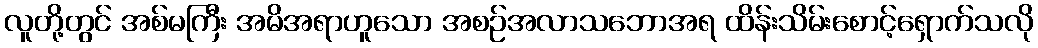
လူတို့တွင် အစ်မကြီး အမိအရာဟူသော အစဉ်အလာသဘောအရ ထိန်းသိမ်းစောင့်ရှောက်သလို